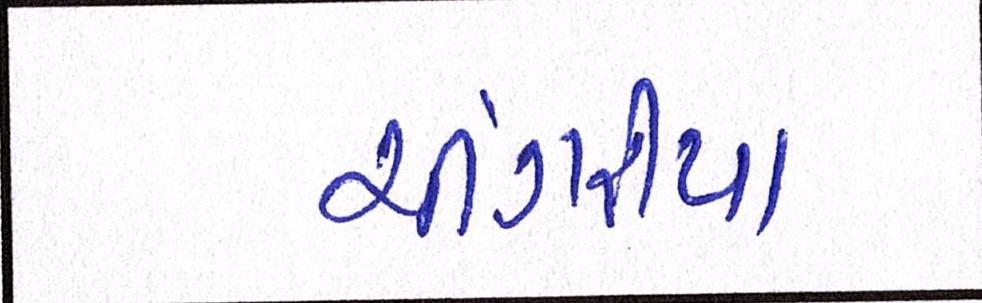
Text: ચીંગરીયા